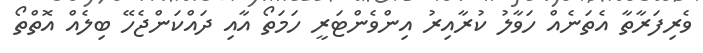
ވެރިފަރާތާ އެތަނެއް ހަވާލު ކުރާއިރު އިންވެންޓަރީ ހަމަތޯ އާއި ދައްކަންޖެހޭ ބިލެއް އޮތްތޯ